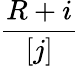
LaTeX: \frac{R+i}{[j]}